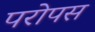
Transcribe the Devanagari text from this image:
परोपस